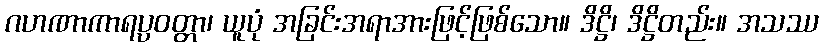
ဂဟဏာကာရပ္ပဝတ္တာ၊ ယူပုံ အခြင်းအရာအားဖြင့်ဖြစ်သော။ ဒိဋ္ဌိ၊ ဒိဋ္ဌိတည်း။ အသဿ